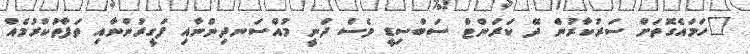
"ހަމައެގޮތަށް ސަރުކާރުން ދޭ ކަރަންޓް ސަބްސިޑީ ވެސް ދަނީ މުއްސަނދިންނާއި ފަގީރުންނާއި ތަފާތުކުރުމެއް